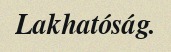
Lakhatóság.